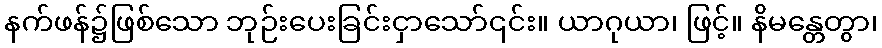
နက်ဖန်၌ဖြစ်သော ဘုဉ်းပေးခြင်းငှာသော်၎င်း။ ယာဂုယာ၊ ဖြင့်။ နိမန္တေတွာ၊